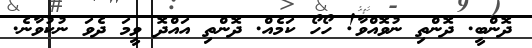
ދޮންބީ. ދޮންތި ނުވޮއްވާ! ހޯހޯ ކަމެއް. ދޮންތި އައްދޮ ވީމަ ދެވަ ނުކުވާނެ.